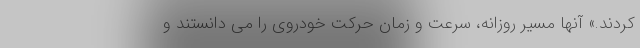
کردند.» آنها مسیر روزانه، سرعت و زمان حرکت خودروی را می دانستند و